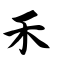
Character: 禾